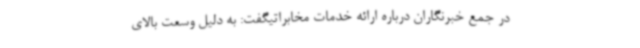
در جمع خبرنگاران درباره ارائه خدمات مخابراتیگفت: به دلیل وسعت بالای